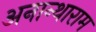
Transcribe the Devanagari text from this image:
अनान्थाराम